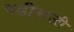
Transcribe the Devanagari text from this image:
पढी़सजी